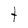
Character: t